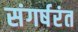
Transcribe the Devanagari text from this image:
संगर्षरंत